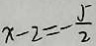
x - 2 = - \frac { 5 } { 2 }